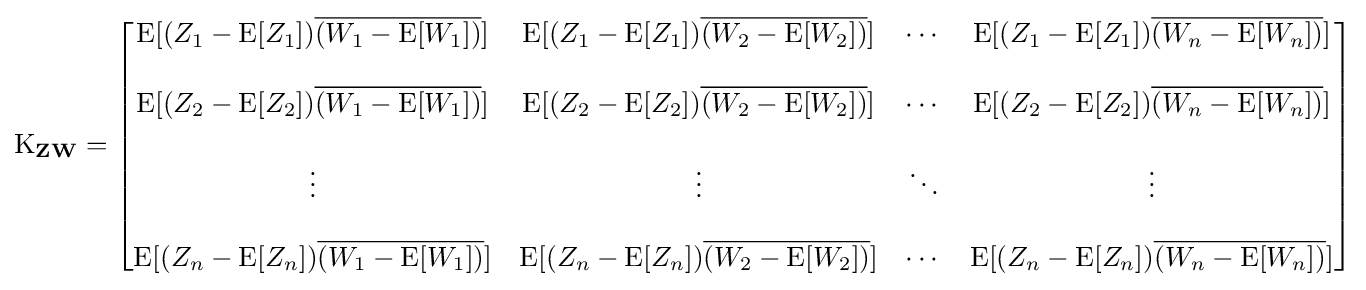
\operatorname {K} _{\mathbf {Z} \mathbf {W} }={\begin{bmatrix}\mathrm {E} [(Z_{1}-\operatorname {E} [Z_{1}]){\overline {(W_{1}-\operatorname {E} [W_{1}])}}]&\mathrm {E} [(Z_{1}-\operatorname {E} [Z_{1}]){\overline {(W_{2}-\operatorname {E} [W_{2}])}}]&\cdots &\mathrm {E} [(Z_{1}-\operatorname {E} [Z_{1}]){\overline {(W_{n}-\operatorname {E} [W_{n}])}}]\\\\\mathrm {E} [(Z_{2}-\operatorname {E} [Z_{2}]){\overline {(W_{1}-\operatorname {E} [W_{1}])}}]&\mathrm {E} [(Z_{2}-\operatorname {E} [Z_{2}]){\overline {(W_{2}-\operatorname {E} [W_{2}])}}]&\cdots &\mathrm {E} [(Z_{2}-\operatorname {E} [Z_{2}]){\overline {(W_{n}-\operatorname {E} [W_{n}])}}]\\\\\vdots &\vdots &\ddots &\vdots \\\\\mathrm {E} [(Z_{n}-\operatorname {E} [Z_{n}]){\overline {(W_{1}-\operatorname {E} [W_{1}])}}]&\mathrm {E} [(Z_{n}-\operatorname {E} [Z_{n}]){\overline {(W_{2}-\operatorname {E} [W_{2}])}}]&\cdots &\mathrm {E} [(Z_{n}-\operatorname {E} [Z_{n}]){\overline {(W_{n}-\operatorname {E} [W_{n}])}}]\end{bmatrix}}